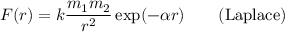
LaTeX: F ( r ) = k { \frac { m _ { 1 } m _ { 2 } } { r ^ { 2 } } } \exp ( - \alpha r ) \qquad { \mathrm { ( L a p l a c e ) } }